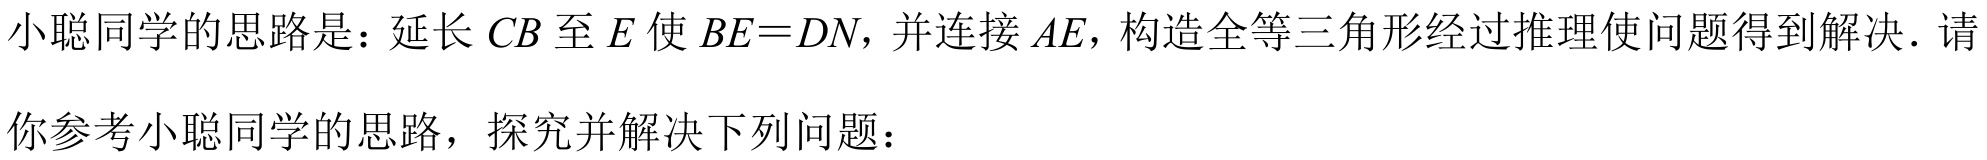
小聪同学的思路是：延长$CB$至$E$使$BE = DN$，并连接$AE$，构造全等三角形经过推理使问题得到解决．请
你参考小聪同学的思路，探究并解决下列问题：